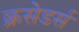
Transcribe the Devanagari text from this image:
क्रसेडर्स